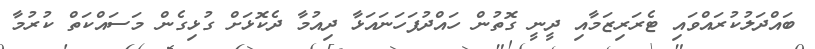
ބައްދަލުކުރައްވައި ޓެރަރިޒަމާއި ދީނީ ގޮތުން ހައްދުފަހަނައަޅާ ދިއުމާ ދެކޮޅަށް ގުޅިގެން މަސައްކަތް ކުރުމާ